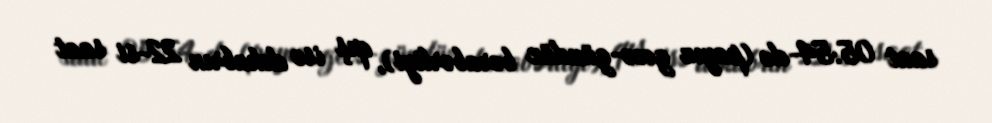
saat 05:54-də (payız gecə-gündüz bərabərliyi), qış isə dekabrın 22-si saat